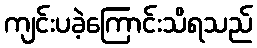
ကျင်းပခဲ့ကြောင်းသိရသည်